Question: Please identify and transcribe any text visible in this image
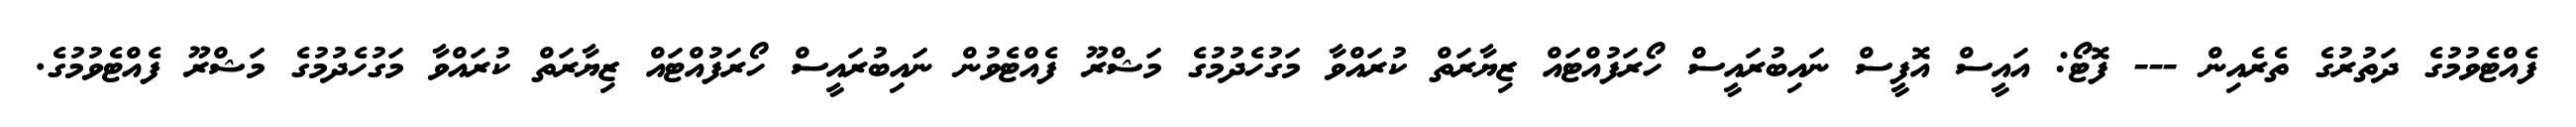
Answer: ފެއްޓެވުމުގެ ދަތުރުގެ ތެރެއިން --- ފޮޓޯ: އައީސް އޮފީސް ނައިބުރައީސް ހޯރަފުއްޓައް ޒިޔާރަތް ކުރައްވާ މަގުހެދުމުގެ މަޝްރޫ ފެއްޓެވުން ނައިބުރައީސް ހޯރަފުއްޓައް ޒިޔާރަތް ކުރައްވާ މަގުހެދުމުގެ މަޝްރޫ ފެއްޓެވުމުގެ.